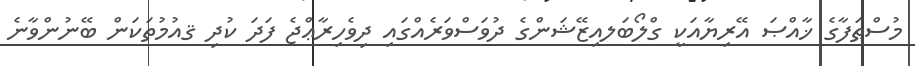
މުސްޠަފާގެ ޚާއްޞަ އޭރިޔާއަކީ ގްލޯބަލއިޒޭޝަންގެ ދުވަސްވަރެއްގައި ދިވެހިރާޢްޖެ ފަދަ ކުދި ޤއުމުތަކަން ބޭނުންވާނެ